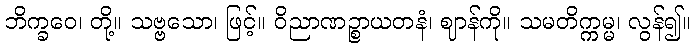
ဘိက္ခဝေ၊ တို့။ သဗ္ဗသော၊ ဖြင့်။ ဝိညာဏဉ္စာယတနံ၊ ဈာန်ကို။ သမတိက္ကမ္မ၊ လွန်၍။